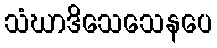
သံဃာဒိသေသေနပေ